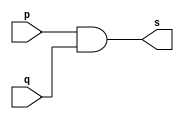
// ------------------------- 
// Exemplo0003 - AND 
// Nome: Ana Cristina Pereira Teixeira 
// -------------------------

// ------------------------- 
// -- and gate 
// ------------------------- 
module andgate ( output s, input p, input q);
	assign s = p & q; // vinculo permanente input01 AND input02
endmodule // andgate

// --------------------- 
// -- test and gate 
// --------------------- 
module testandgate; 
// ------------------------- dados locais 
	reg a, b; // definir registradores 
	wire s; // definir conexao (fio) 
// ------------------------- instancia 
	andgate AND1 (s, a, b); // input = reg a, reg b output: wire s
// ------------------------- preparacao 
	initial begin:start 
		// atribuicao simultanea
		// dos valores iniciais
		a = 0; b = 0;
	end 
// ------------------------- parte principal 
	initial begin 
		$display("Exemplo0003 - Ana Cristina Pereira Teixeira - 427385");
		$display("Test AND gate");
		$display("\na & b = s\n");
		a = 0; b = 0;
		// mudar registradores para a = 0 AND b = 1, apos 1u de tempo e usar modulo andgate pra gerar output
		#1 $display("%b & %b = %b", a, b, s); 
		a = 0; b = 1;
		// mudar registradores para a = 1 AND b = 0, apos 1u de tempo e usar modulo andgate pra gerar output
		#1 $display("%b & %b = %b", a, b, s); 
		a = 1; b = 0;
		// mudar registradores para a = 1 AND b = 1, apos 1u de tempo e usar modulo andgate pra gerar output 
		#1 $display("%b & %b = %b", a, b, s); 
		a = 1; b = 1; 
		#1 $display("%b & %b = %b", a, b, s); 
	end
endmodule // testandgate